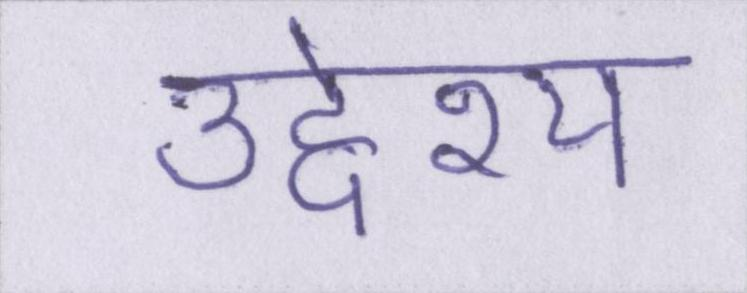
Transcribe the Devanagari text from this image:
उद्देश्य